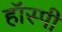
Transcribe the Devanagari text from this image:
हॉस्पी